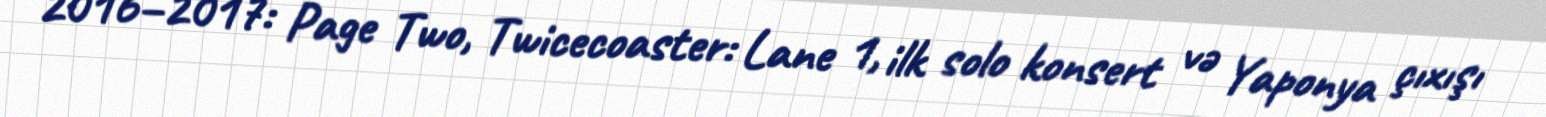
2016–2017: Page Two, Twicecoaster: Lane 1, ilk solo konsert və Yaponya çıxışı